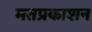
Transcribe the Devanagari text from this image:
मतप्रकाशन